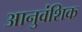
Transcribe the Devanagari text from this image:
आनुवंशिक